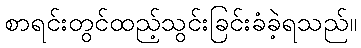
စာရင်းတွင်ထည့်သွင်းခြင်းခံခဲ့ရသည်။